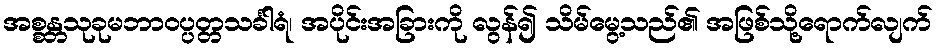
အစ္စန္တသုခုမဘာဝပ္ပတ္တသင်္ခါရံ၊ အပိုင်းအခြားကို လွန်၍ သိမ်မွေ့သည်၏ အဖြစ်သို့ရောက်လျက်